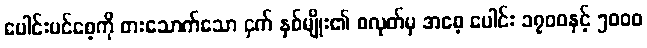
ပေါင်းပင်စေ့ကို စားသောက်သော ငှက် နှစ်မျိုး၏ စလုတ်မှ အစေ့ ပေါင်း ၁၇၀၀နှင့် ၅၀၀၀